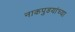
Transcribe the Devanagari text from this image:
नाकपुडयांच्या